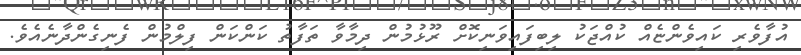
އުފާވެރި ކައިވެންޏެއް ކުއްޖަކު ލިބިފައިވަނިކޮށް ރޫޅުމުން ދިމާވާ ތަފާތު ކަންކަން ފިލްމުން ފެނިގެންދާނެއެވެ.